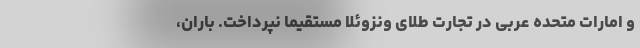
و امارات متحده عربی در تجارت طلای ونزوئلا مستقیما نپرداخت. باران،